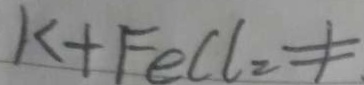
K + F e C l _ { 2 } \neq